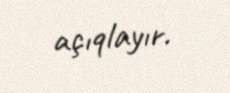
açıqlayır.